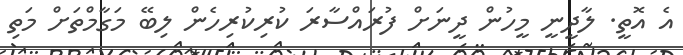
އެ އޮތީ. ލާދީނީ މީހުން ދީނަށް ފުރައްސާރަ ކުރިކުރިހެން ލިބޭ މަގާމްތަށް މަތި